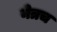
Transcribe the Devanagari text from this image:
नेत्रच